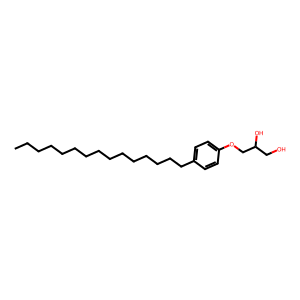
SMILES: CCCCCCCCCCCCCCCc1ccc(OCC(O)CO)cc1
Inhibits HIV replication: No